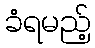
ခံရမည့်